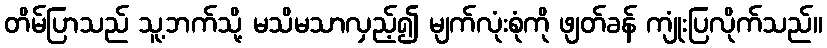
တိမ်ပြာသည် သူ့ဘက်သို့ မသိမသာလှည့်၍ မျက်လုံးစုံကို ဖျတ်ခန် ကျုံးပြလိုက်သည်။